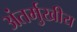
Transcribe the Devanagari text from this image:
अंतर्मुखीय